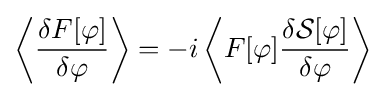
\left\langle {\frac {\delta F[\varphi ]}{\delta \varphi }}\right\rangle =-i\left\langle F[\varphi ]{\frac {\delta {\mathcal {S}}[\varphi ]}{\delta \varphi }}\right\rangle